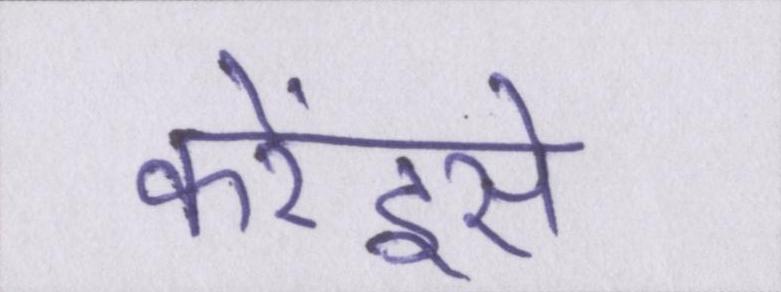
करेंइसे